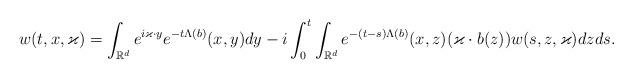
LaTeX: \begin{align*}w(t,x,\varkappa)=\int_{\mathbb R^d} e^{i \varkappa \cdot y}e^{-t\Lambda(b)}(x,y) dy - i\int_0^t \int_{\mathbb R^d} e^{-(t-s)\Lambda(b)}(x,z)(\varkappa \cdot b(z))w(s,z,\varkappa)dzds.\end{align*}